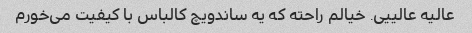
عالیه عالییی. خیالم راحته که یه ساندویچ کالباس با کیفیت می‌خورم